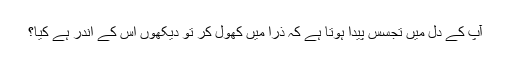
آپ کے دل میں تجسس پیدا ہوتا ہے کہ ذرا میں کھول کر تو دیکھوں اس کے اندر ہے کیا؟